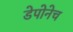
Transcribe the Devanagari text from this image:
डेपोनेच